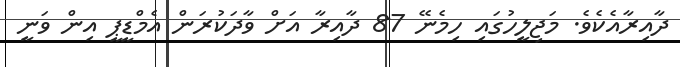
ދާއިރާއެކެވެ. މަޖިލީހުގައި ހިމެނޭ 87 ދާއިރާ އަށް ވާދަކުރަން އެމްޑީޕީ އިން ވަނީ